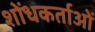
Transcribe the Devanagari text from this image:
शोंधकर्ताओं